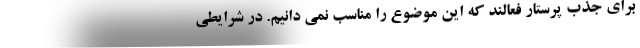
برای جذب پرستار فعالند که این موضوع را مناسب نمی دانیم. در شرایطی